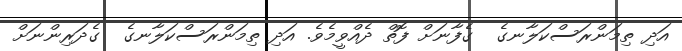
އަދި ތިމަންރަސްކަލާނގެ  ގެފާނަށް ފޮތް ދެއްވީމެވެ. އަދި ތިމަންރަސްކަލާނގެ  ގެދަރިންނަށް